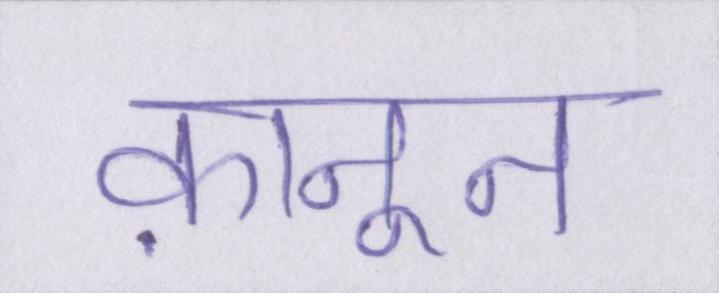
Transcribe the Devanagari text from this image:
क़ानून